Report on vaccination in Madras 1922-1929 - 1922-1929
Year: 1922
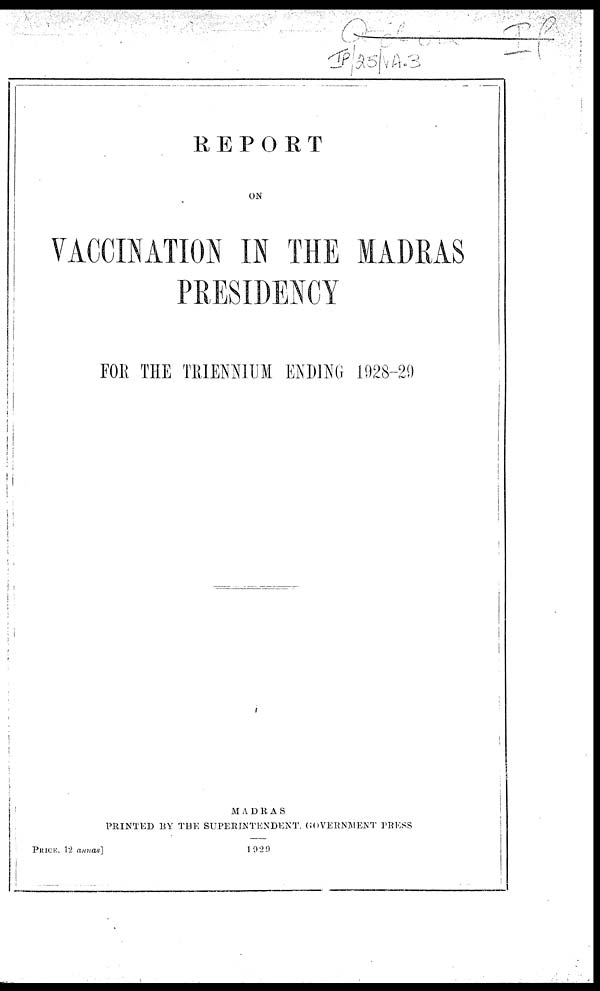
REPORT
ON
VACCINATION IN THE MADRAS
PRESIDENCY
FOR THE TRIENNIUM ENDING 1928-29
MADRAS
PRINTED BY THE SUPERINTENDENT GOVERNMENT PRESS
1929
PRICE, 12 annas]